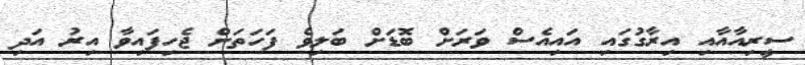
ސީރިއާއާއި އިރާގުގައި އައިއެސް ވަރަށް ބޮޑަށް ބަލިވެ ފަހަތަށް ޖެހިފައިވާ އިރު އަދި